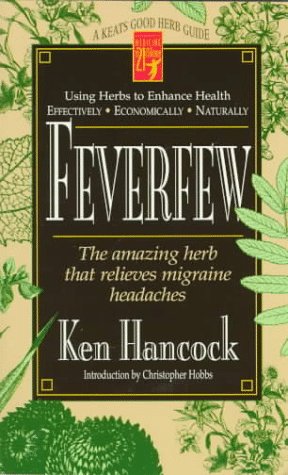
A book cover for Feverfew: The Amazing Herb That Relieves Migraine Headaches (Keats Good Herb Guide Series); Ken Hancock; Health, Fitness & Dieting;